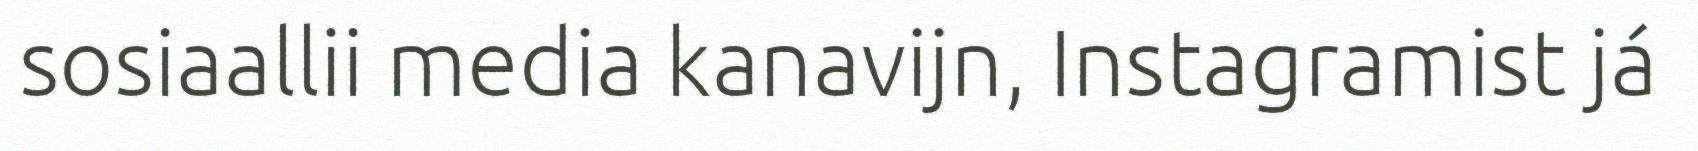
sosiaallii media kanavijn, Instagramist já